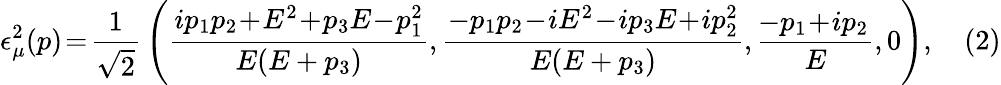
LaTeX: \epsilon_{\mu}^{2}(p)\! =\! {\frac{1}{\sqrt{2}}}\left({\frac{ip_{1}p_{2}\! +\! E^{2}\! +\! p_{3}E\! -\! p_{1}^{2}}{E(E+p_{3})}},{\frac{-p_{1}p_{2}\! -\! iE^{2}\! -\! ip_{3}E\! +\! ip_{2}^{2}}{E(E+p_{3})}},{\frac{\! -p_{1}\! +\! ip_{2}}{E}},0\right),\quad(2)